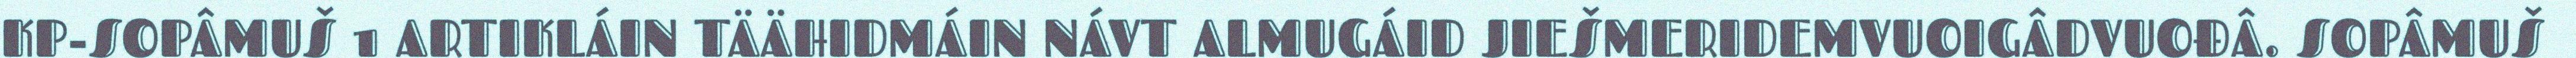
KP-SOPÂMUŠ 1 ARTIKLÁIN TÄÄHIDMÁIN NÁVT ALMUGÁID JIEŠMERIDEMVUOIGÂDVUOĐÂ. SOPÂMUŠ